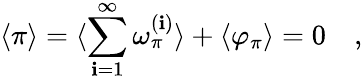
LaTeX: \langle\pi\rangle=\langle\sum_{\mathbf{i}=1}^{\infty}\omega_{\pi}^{(\mathbf{i})}\rangle+\langle\varphi_{\pi}\rangle=0\quad,